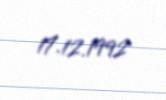
17.12.1992